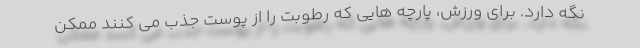
نگه دارد. برای ورزش، پارچه هایی که رطوبت را از پوست جذب می کنند ممکن